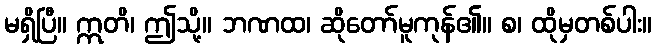
မရှိပြီ။ ဣတိ၊ ဤသို့။ ဘဏထ၊ ဆိုတော်မူကုန်၏။ စ၊ ထိုမှတစ်ပါး။